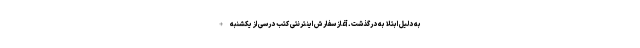
به دلیل ابتلا به درگذشت. آغاز سفارش اینترنتی کتب درسی از یکشنبه +